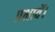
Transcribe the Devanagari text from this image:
प्रभावें।